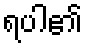
ရပါ၏